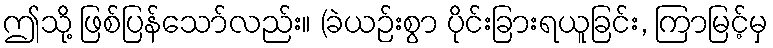
ဤသို့ ဖြစ်ပြန်သော်လည်း။ (ခဲယဉ်းစွာ ပိုင်းခြားရယူခြင်း, ကြာမြင့်မှ